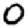
Digit: 0